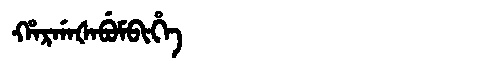
Manchu: ᡥᠠᡵᡤᠠᡧᠠᠪᡠᠮᠪᡳᡥᡝ
Romanization: HARGAŠABUMBIHE